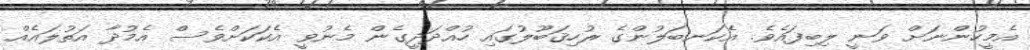
އެމީހުންނަށް ވަނީ ލިބިފައެވެ. އެކަނބަލުންގެ ރުހިޤަބޫލުގައި ހުއްދަދީގެން މެނުވީ އެކަކަށްވެސް އެމުދާ އަތުލައެއް